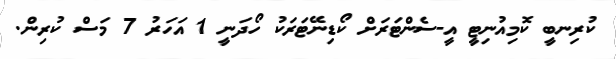
ކުރިނބީ ކޮމިއުނިޓީ އީ-ސެންޓަރަށް ކޯޑިނޭޓަރަކު ހޯދަނީ 1 އަހަރު 7 މަސް ކުރިން.